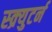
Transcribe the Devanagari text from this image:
स्क्र्युटर्न